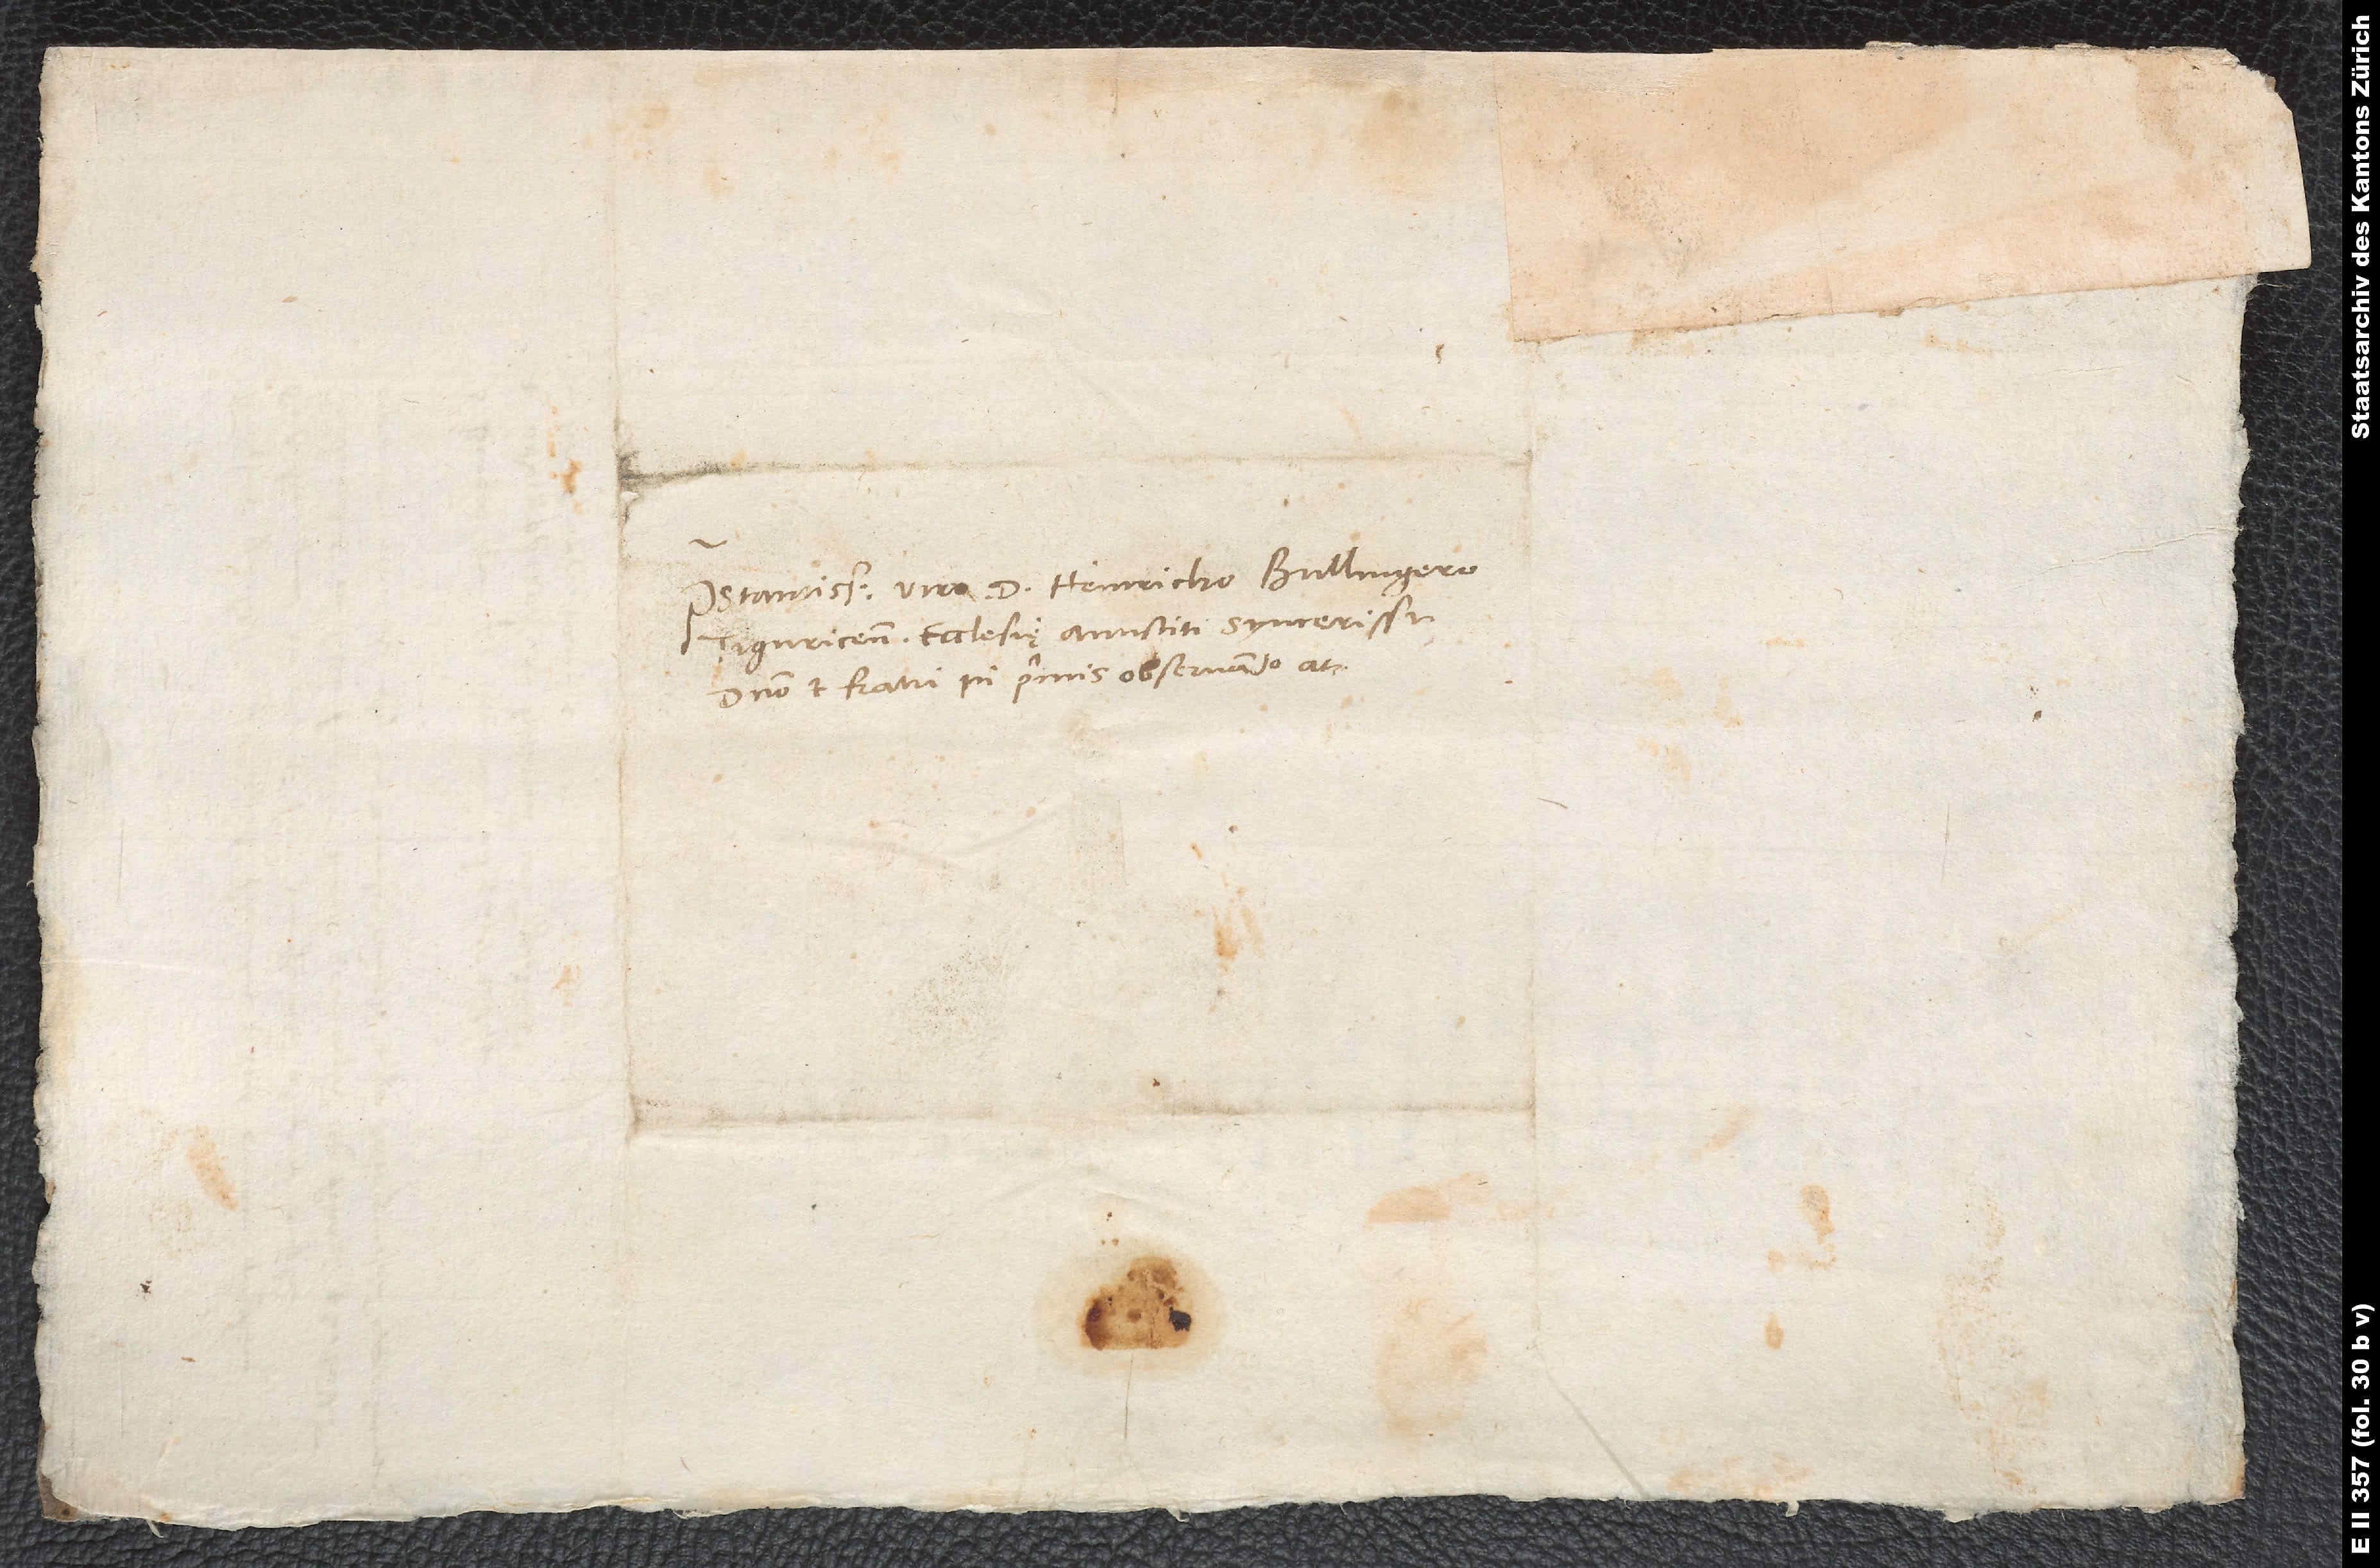
Praestantissimo viro d. Heinricho Bullingero,
Tiguricensis ecclesię antistiti syncerissimo,
domino et fratri in primis observando at.